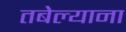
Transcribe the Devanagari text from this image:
तबेल्याना